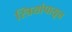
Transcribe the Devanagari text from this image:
स्त्रियांपासून